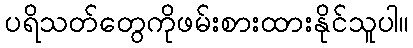
ပရိသတ်တွေကိုဖမ်းစားထားနိုင်သူပါ။